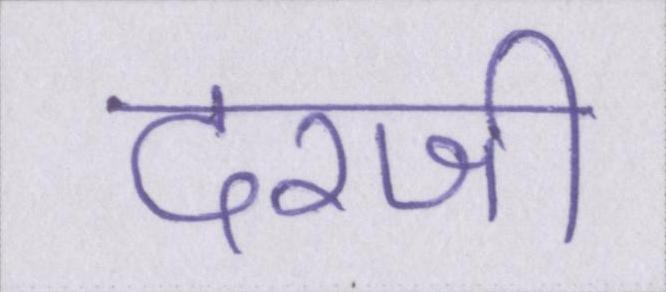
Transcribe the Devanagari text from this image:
दरजी